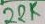
Text: 22K